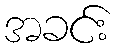
အခင်း